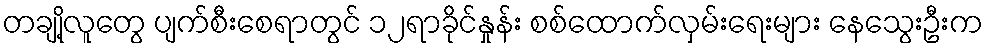
တချို့လူတွေ ပျက်စီးစေရာတွင် ၁၂ရာခိုင်နှုန်း စစ်ထောက်လှမ်းရေးများ နေသွေးဦးက